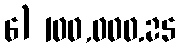
6) 100,000.25